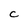
Character: C